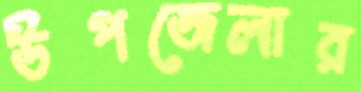
উপজেলার